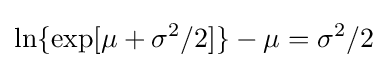
\ln\{\exp[\mu +\sigma ^{2}/2]\}-\mu =\sigma ^{2}/2